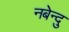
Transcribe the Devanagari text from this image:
नबेन्दु